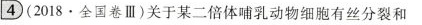
4(2018.全卷Ⅲ)关于某二倍体哺乳动物细胞有丝分裂和